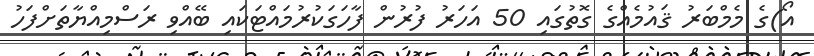
އޯ)ގެ މެމްބަރު ޤައުމެއްގެ ގޮތުގައި 50 އަހަރު ފުރުން ފާހަގަކުރުމައްޓަކައި ބޭއްވި ރަސްމިއްޔާތަށްފަހު